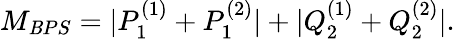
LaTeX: M_{\mathit{B}PS}=|P_{1}^{(1)}+P_{1}^{(2)}|+|Q_{2}^{(1)}+Q_{2}^{(2)}|.